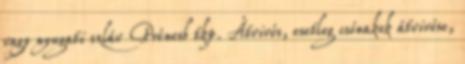
vagy nyugati szláv Prénesb tkp. Átvivés, esetleg csónakok átvivése,